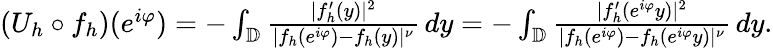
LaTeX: \begin{array}{r}{(U_{h}\circ f_{h})(e^{i\varphi})=-\int_{\mathbb{D}}\frac{|f_{h}^{\prime}(y)|^{2}}{|f_{h}(e^{i\varphi})-f_{h}(y)|^{\nu}}\, dy=-\int_{\mathbb{D}}\frac{|f_{h}^{\prime}(e^{i\varphi}y)|^{2}}{|f_{h}(e^{i\varphi})-f_{h}(e^{i\varphi}y)|^{\nu}}\, dy.}\end{array}